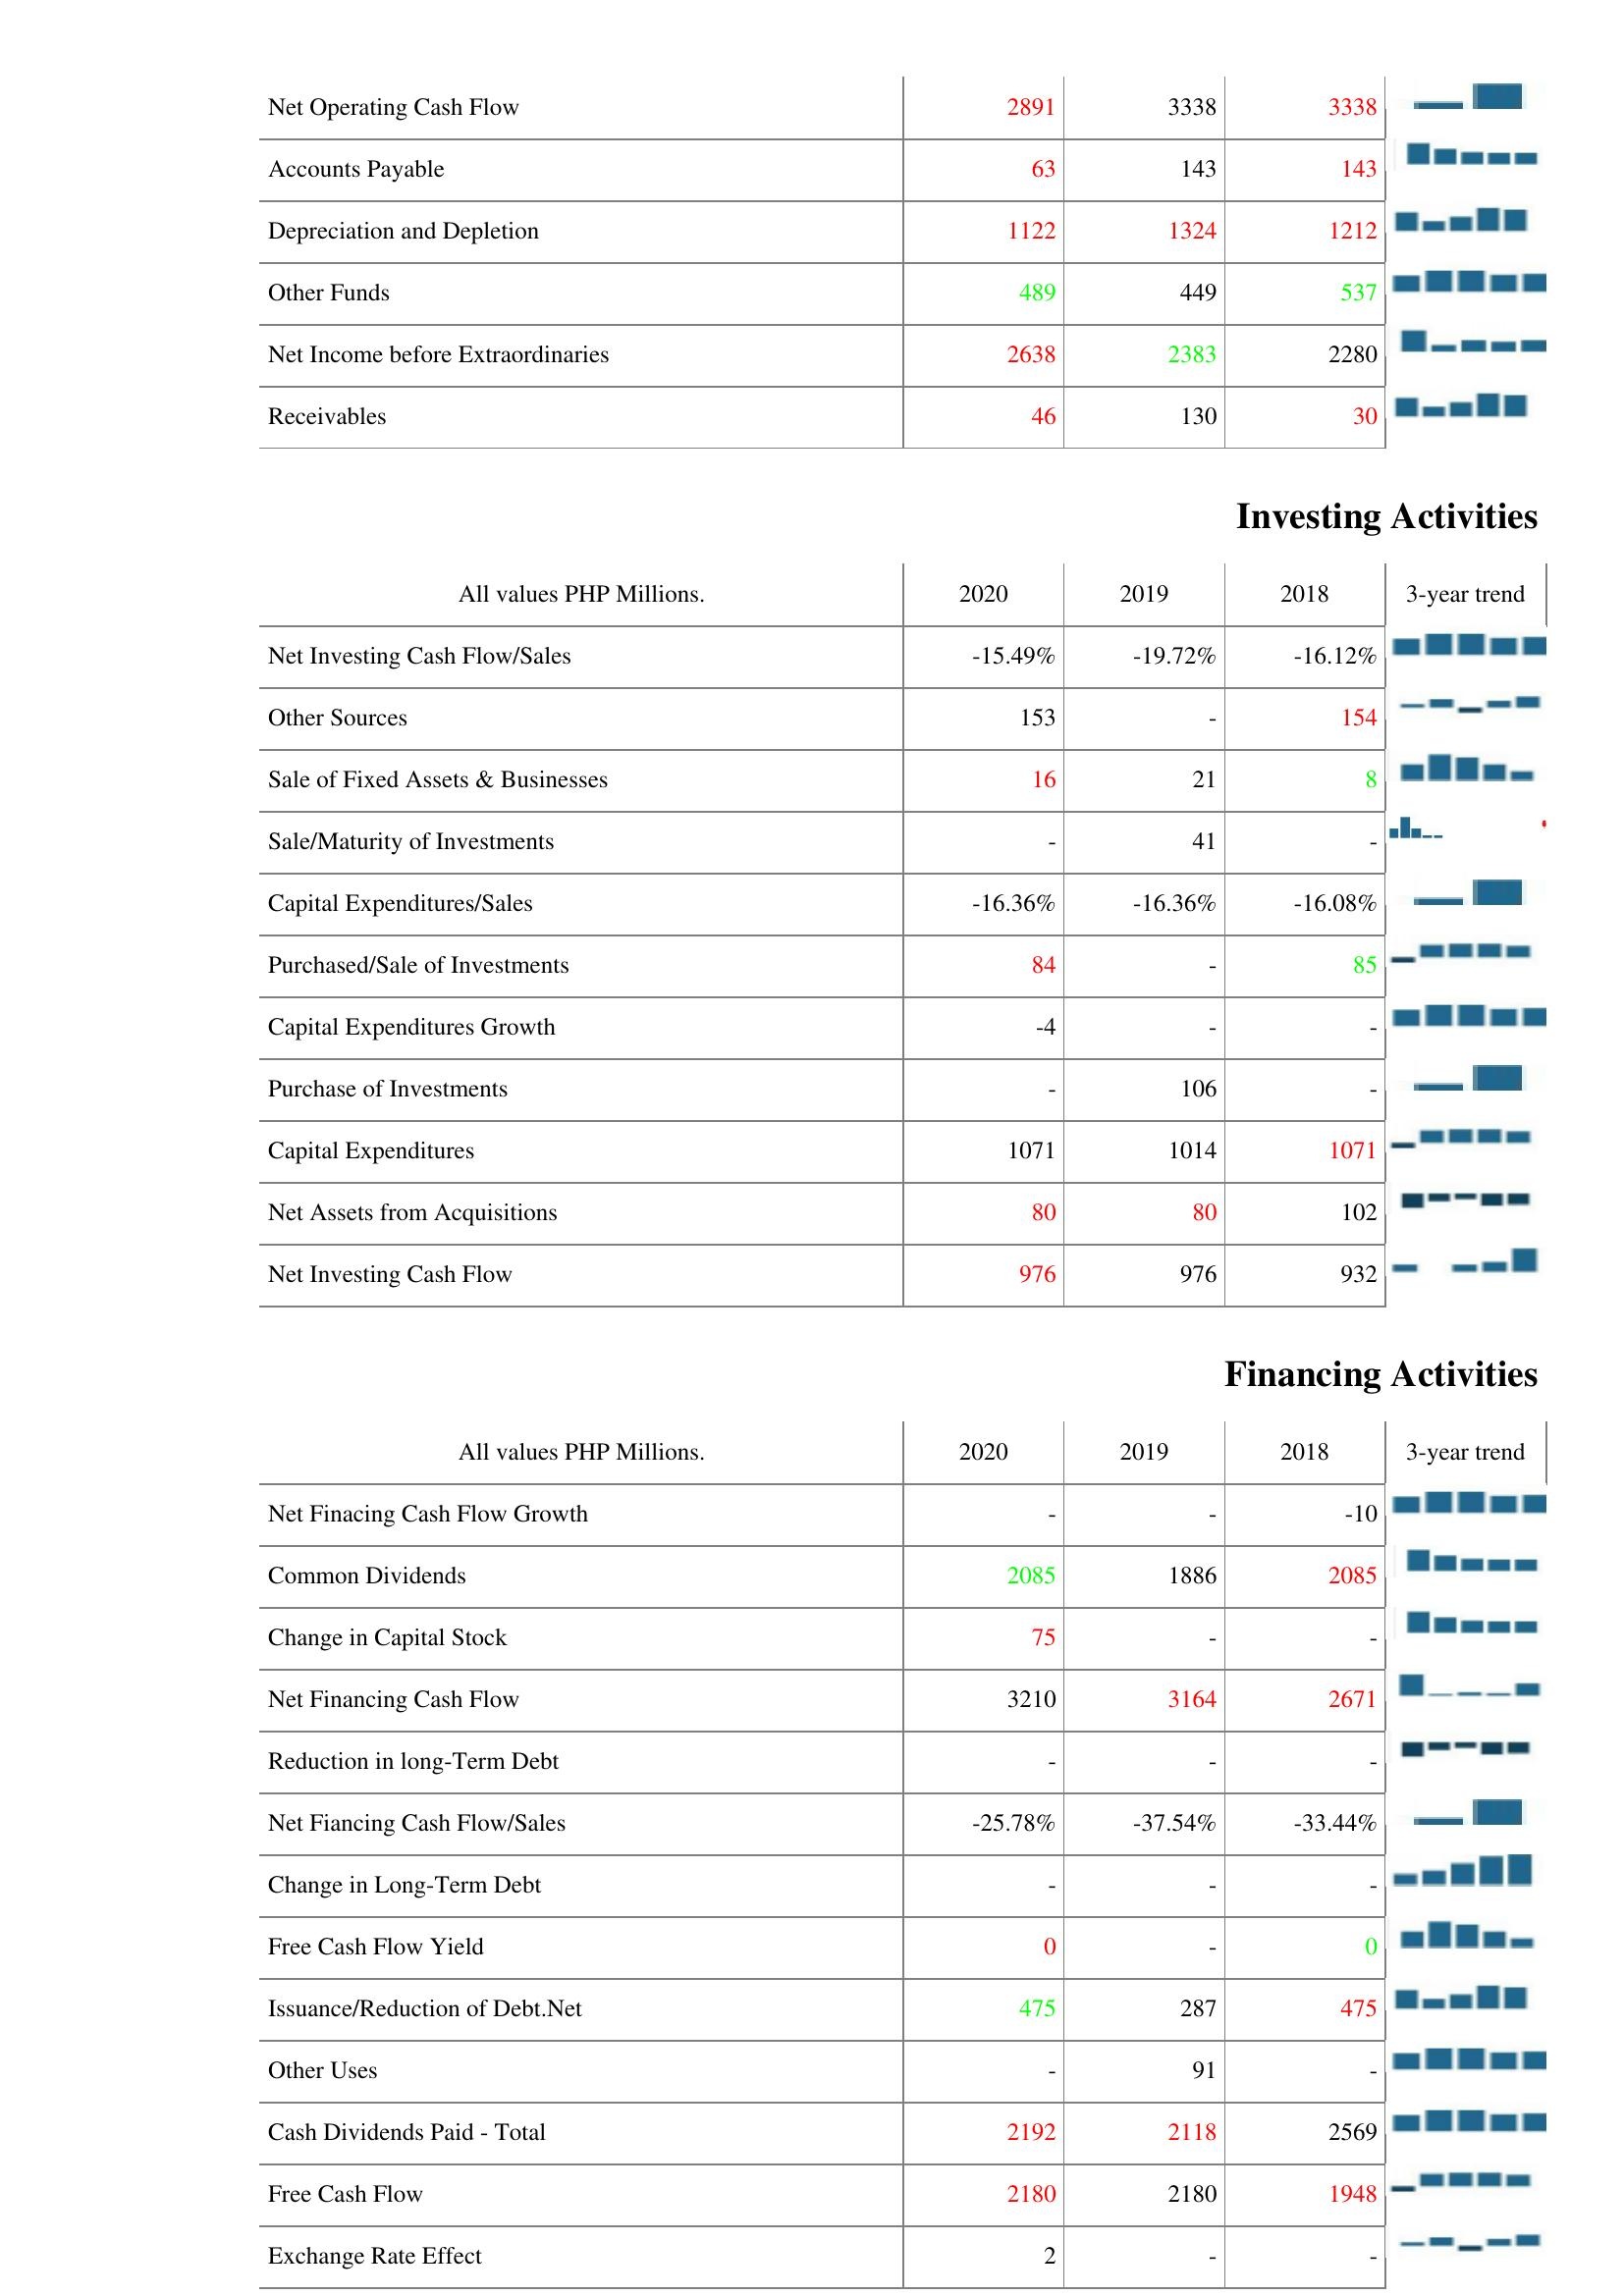
2020: Operating Activities: Net Operating Cash Flow: 2891
Accounts Payable: 63
Depreciation and Depletion: 1122
Other Funds: 489
Net Income before Extraordinaries: 2638
Receivables: 46
Investing Activities: Net Investing Cash Flow/Sales: -15.49%
Other Sources: 153
Sale of Fixed Assets & Businesses: 16
Sale/Maturity of Investments: -
Capital Expenditures/Sales: -16.36%
Purchased/Sale of Investments: 84
Capital Expenditures Growth: -4
Purchase of Investments: -
Capital Expenditures: 1071
Net Assets from Acquisitions: 80
Net Investing Cash Flow: 976
Financing Activities: Net Finacing Cash Flow Growth: -
Common Dividends: 2085
Change in Capital Stock: 75
Net Financing Cash Flow: 3210
Reduction in long-Term Debt: -
Net Fiancing Cash Flow/Sales: -25.78%
Change in Long-Term Debt: -
Free Cash Flow Yield: 0
Issuance/Reduction of Debt.Net: 475
Other Uses: -
Cash Dividends Paid - Total: 2192
Free Cash Flow: 2180
Exchange Rate Effect: 2
2019: Operating Activities: Net Operating Cash Flow: 3338
Accounts Payable: 143
Depreciation and Depletion: 1324
Other Funds: 449
Net Income before Extraordinaries: 2383
Receivables: 130
Investing Activities: Net Investing Cash Flow/Sales: -19.72%
Other Sources: -
Sale of Fixed Assets & Businesses: 21
Sale/Maturity of Investments: 41
Capital Expenditures/Sales: -16.36%
Purchased/Sale of Investments: -
Capital Expenditures Growth: -
Purchase of Investments: 106
Capital Expenditures: 1014
Net Assets from Acquisitions: 80
Net Investing Cash Flow: 976
Financing Activities: Net Finacing Cash Flow Growth: -
Common Dividends: 1886
Change in Capital Stock: -
Net Financing Cash Flow: 3164
Reduction in long-Term Debt: -
Net Fiancing Cash Flow/Sales: -37.54%
Change in Long-Term Debt: -
Free Cash Flow Yield: -
Issuance/Reduction of Debt.Net: 287
Other Uses: 91
Cash Dividends Paid - Total: 2118
Free Cash Flow: 2180
Exchange Rate Effect: -
2018: Operating Activities: Net Operating Cash Flow: 3338
Accounts Payable: 143
Depreciation and Depletion: 1212
Other Funds: 537
Net Income before Extraordinaries: 2280
Receivables: 30
Investing Activities: Net Investing Cash Flow/Sales: -16.12%
Other Sources: 154
Sale of Fixed Assets & Businesses: 8
Sale/Maturity of Investments: -
Capital Expenditures/Sales: -16.08%
Purchased/Sale of Investments: 85
Capital Expenditures Growth: -
Purchase of Investments: -
Capital Expenditures: 1071
Net Assets from Acquisitions: 102
Net Investing Cash Flow: 932
Financing Activities: Net Finacing Cash Flow Growth: -10
Common Dividends: 2085
Change in Capital Stock: -
Net Financing Cash Flow: 2671
Reduction in long-Term Debt: -
Net Fiancing Cash Flow/Sales: -33.44%
Change in Long-Term Debt: -
Free Cash Flow Yield: 0
Issuance/Reduction of Debt.Net: 475
Other Uses: -
Cash Dividends Paid - Total: 2569
Free Cash Flow: 1948
Exchange Rate Effect: -